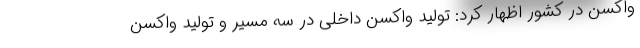
واکسن در کشور اظهار کرد: تولید واکسن داخلی در سه مسیر و تولید واکسن